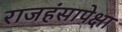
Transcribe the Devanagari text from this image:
राजहंसापेक्षा